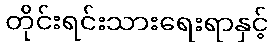
တိုင်းရင်းသားရေးရာနှင့်